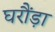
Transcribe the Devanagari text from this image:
घरौंड़ा